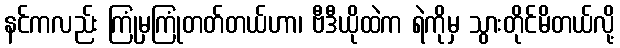
နင်ကလည်း ကြုံမှကြုံတတ်တယ်ဟာ၊ ဗီဒီယိုထဲက ရဲကိုမှ သွားတိုင်မိတယ်လို့